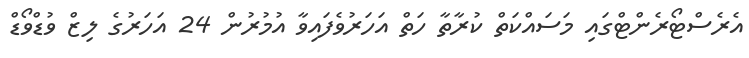
އެރެސްޓޯރެންޓްގައި މަސައްކަތް ކުރާތާ ހަތް އަހަރުވެފައިވާ އުމުރުން 24 އަހަރުގެ ލިޒް ވުޑްވޯޑް